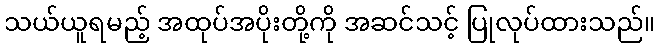
သယ်ယူရမည့် အထုပ်အပိုးတို့ကို အဆင်သင့် ပြုလုပ်ထားသည်။